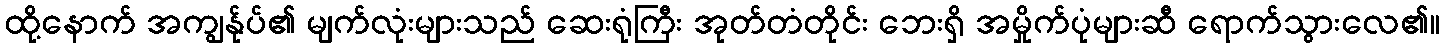
ထို့နောက် အကျွန်ုပ်၏ မျက်လုံးများသည် ဆေးရုံကြီး အုတ်တံတိုင်း ဘေးရှိ အမှိုက်ပုံများဆီ ရောက်သွားလေ၏။